Trukikaitis_Postimees, lk 59
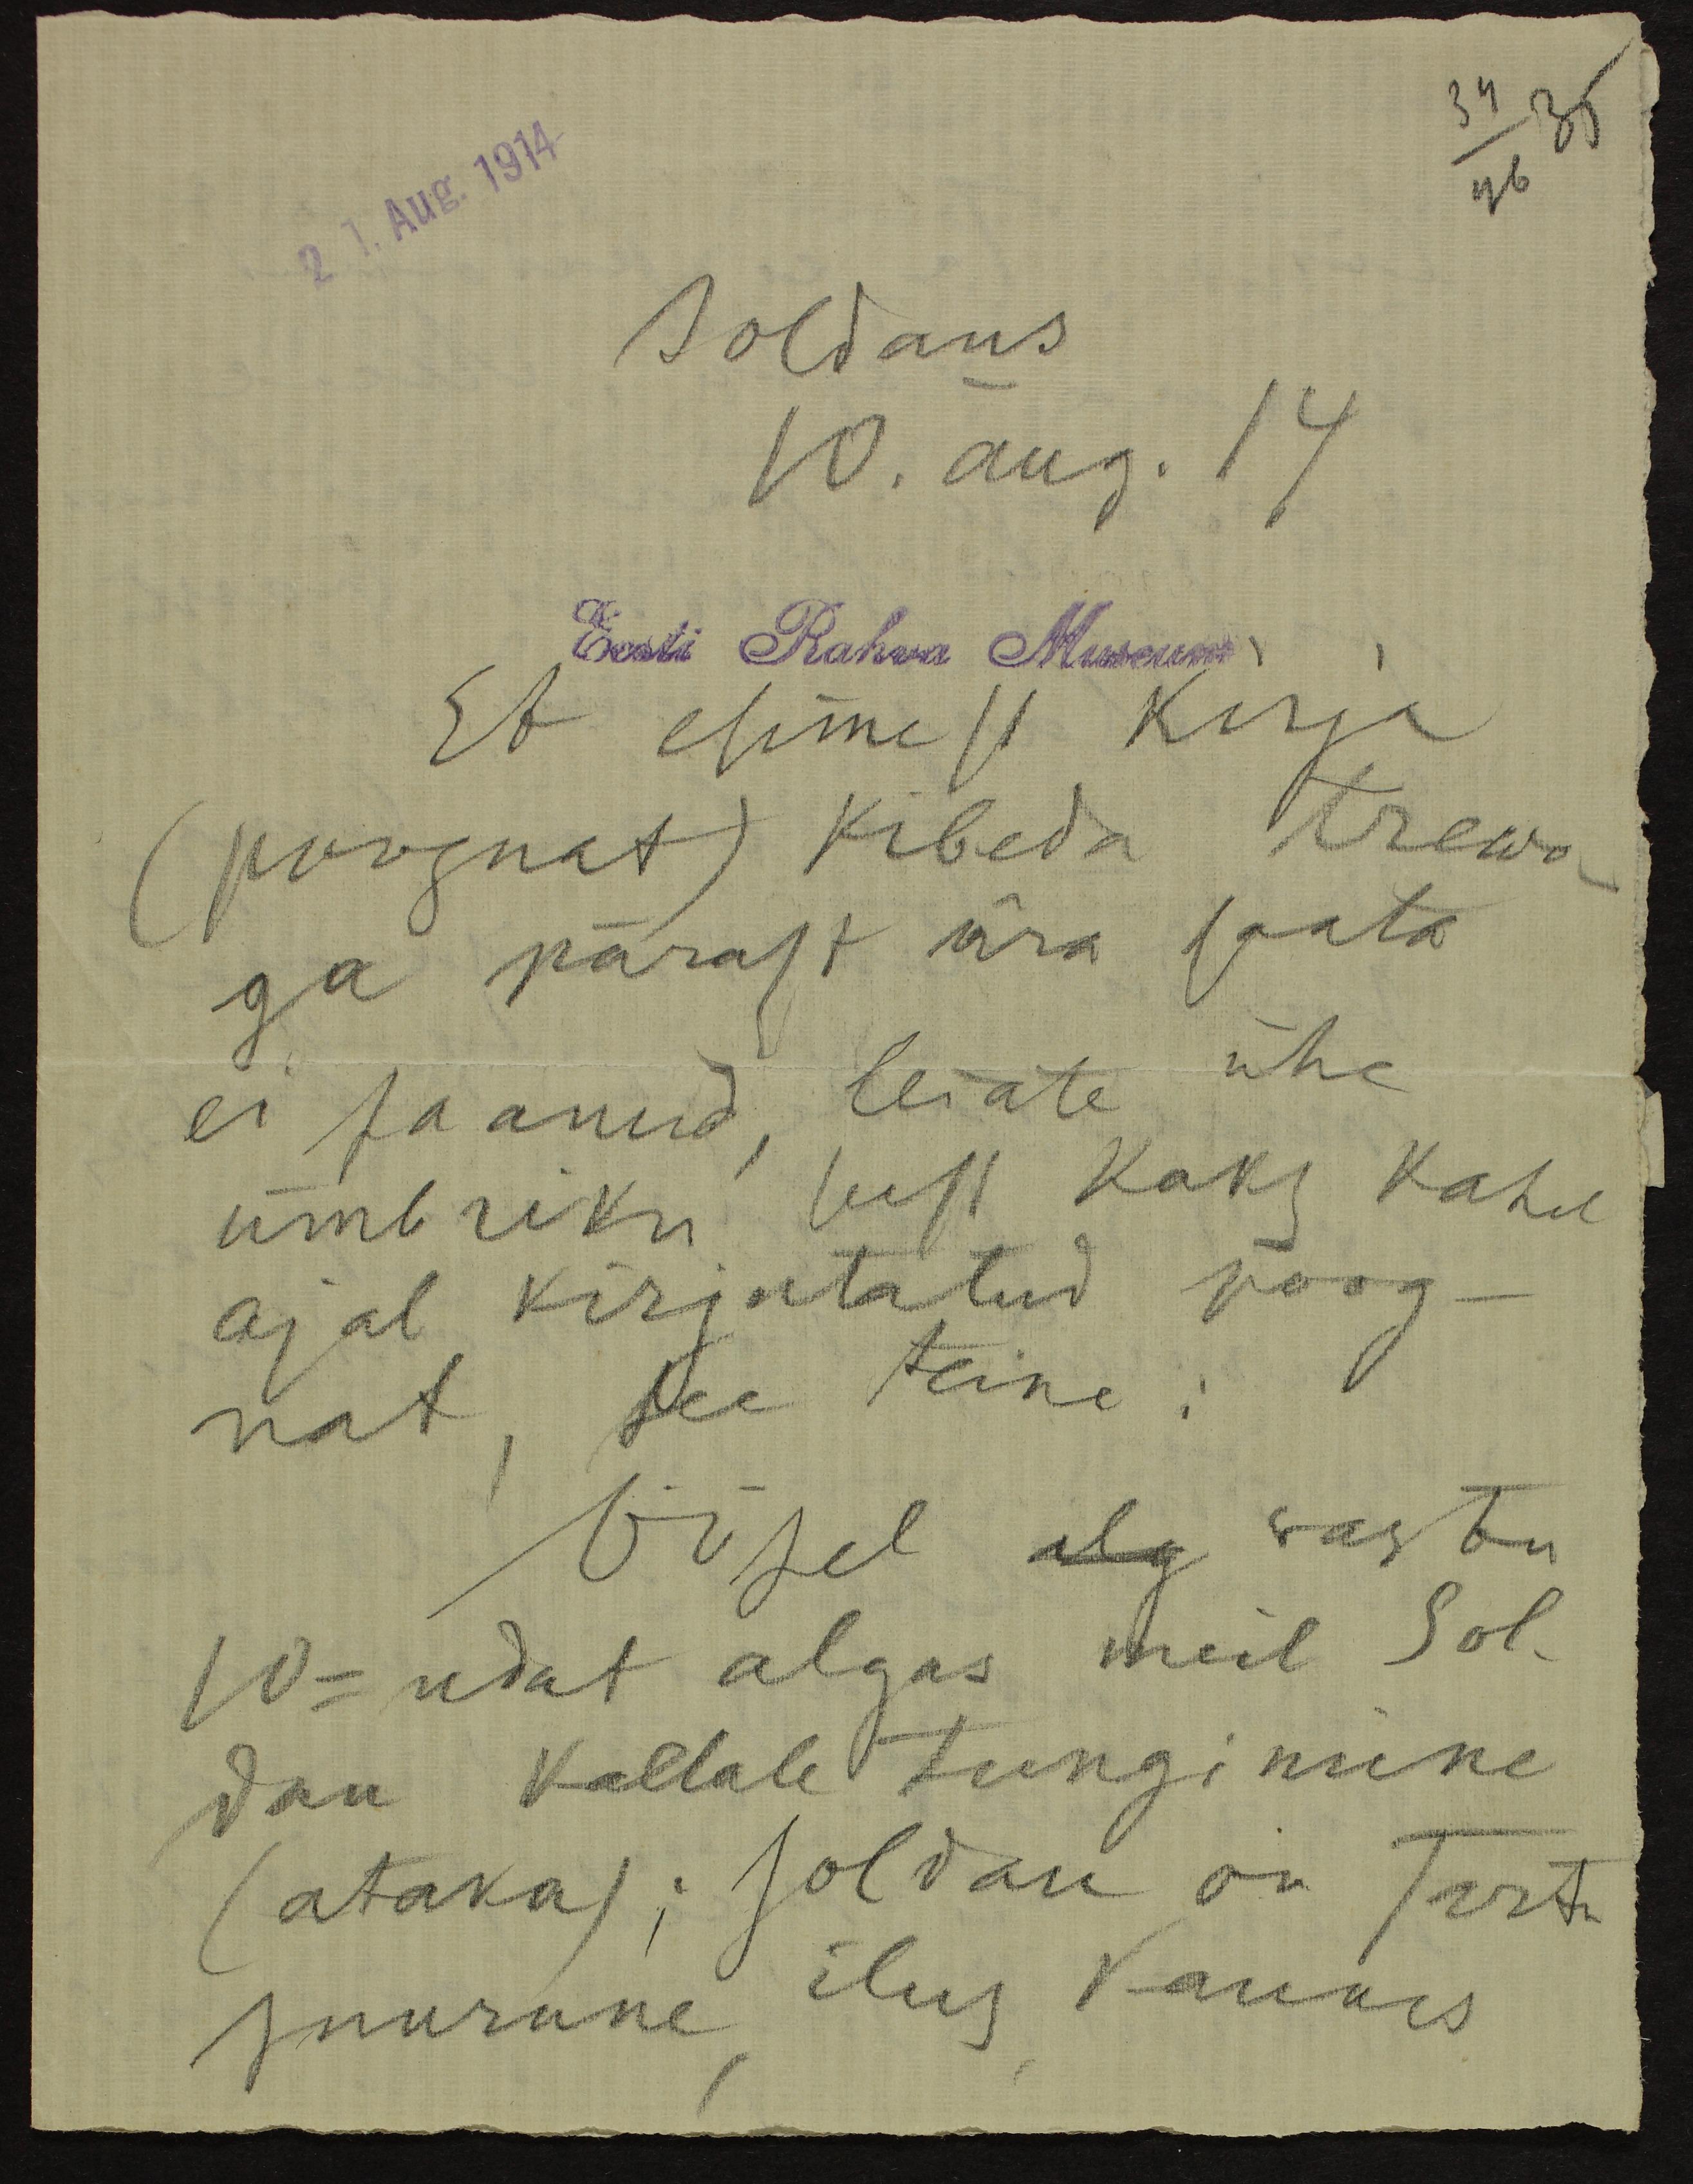
21. Aug. 1914.
34
35
46
Soldaus
10. aug.14
Eesti Rahva Museum
Et esimest kirja
(poognat) kibeda trewo-
ga pärast ära saata
ei saanud, leiate ühe
ümbriku seest kaks kahel
ajal kirjutatud poog-
nat, see teine:
Öösel alg vastu
10-ndat algas meil Sol-
dau kallale tungimine
(ataka); Soldau on Tartu
suurune, ilus, kaunis